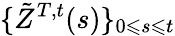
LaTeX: \{ \tilde{Z}^{T,t}(s)\} _{0\leqslant s\leqslant t}